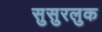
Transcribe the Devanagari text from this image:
सुसुरलुक